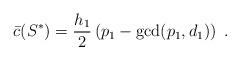
LaTeX: \begin{align*}\bar{c}(S^*) = \frac{h_1}{2} \left( p_1 - \gcd(p_1,d_1) \right)\;.\end{align*}